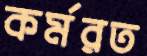
কর্মরত